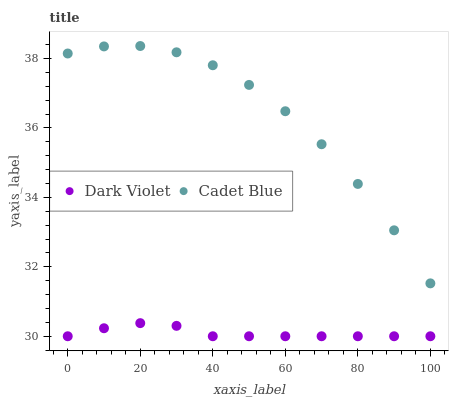
| xaxis_label | Dark Violet | Cadet Blue |
 | --- | --- | --- |
 | 0 | 30 | 38.1 |
 | 10 | 30.2 | 38.3 |
 | 20 | 30.4 | 38.4 |
 | 30 | 30.3 | 38.2 |
 | 40 | 30 | 37.8 |
 | 50 | 30 | 37.2 |
 | 60 | 30 | 36.5 |
 | 70 | 30 | 35.5 |
 | 80 | 30 | 34.4 |
 | 90 | 30 | 33.1 |
 | 100 | 30 | 31.5 |